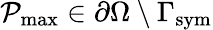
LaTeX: \mathcal{P}_{\mathrm{{{max}}}}\in\partial\Omega\setminus\Gamma_{\mathrm{{{sym}}}}